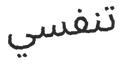
تنفسي